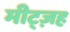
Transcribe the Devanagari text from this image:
मीट्ज़ह